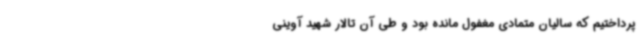
پرداختیم که سالیان متمادی مغفول مانده بود و طی آن تالار شهید آوینی